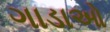
ગાડાઓ